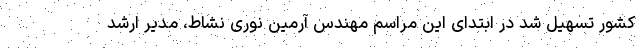
کشور تسهیل شد در ابتدای این مراسم مهندس آرمین نوری نشاط، مدیر ارشد